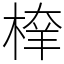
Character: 𣖂